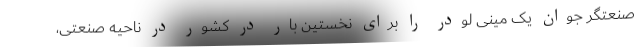
صنعتگر جوان یک مینی لودر را برای نخستین بار در کشور در ناحیه صنعتی،